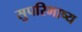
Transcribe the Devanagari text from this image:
सुपरिभाष्य